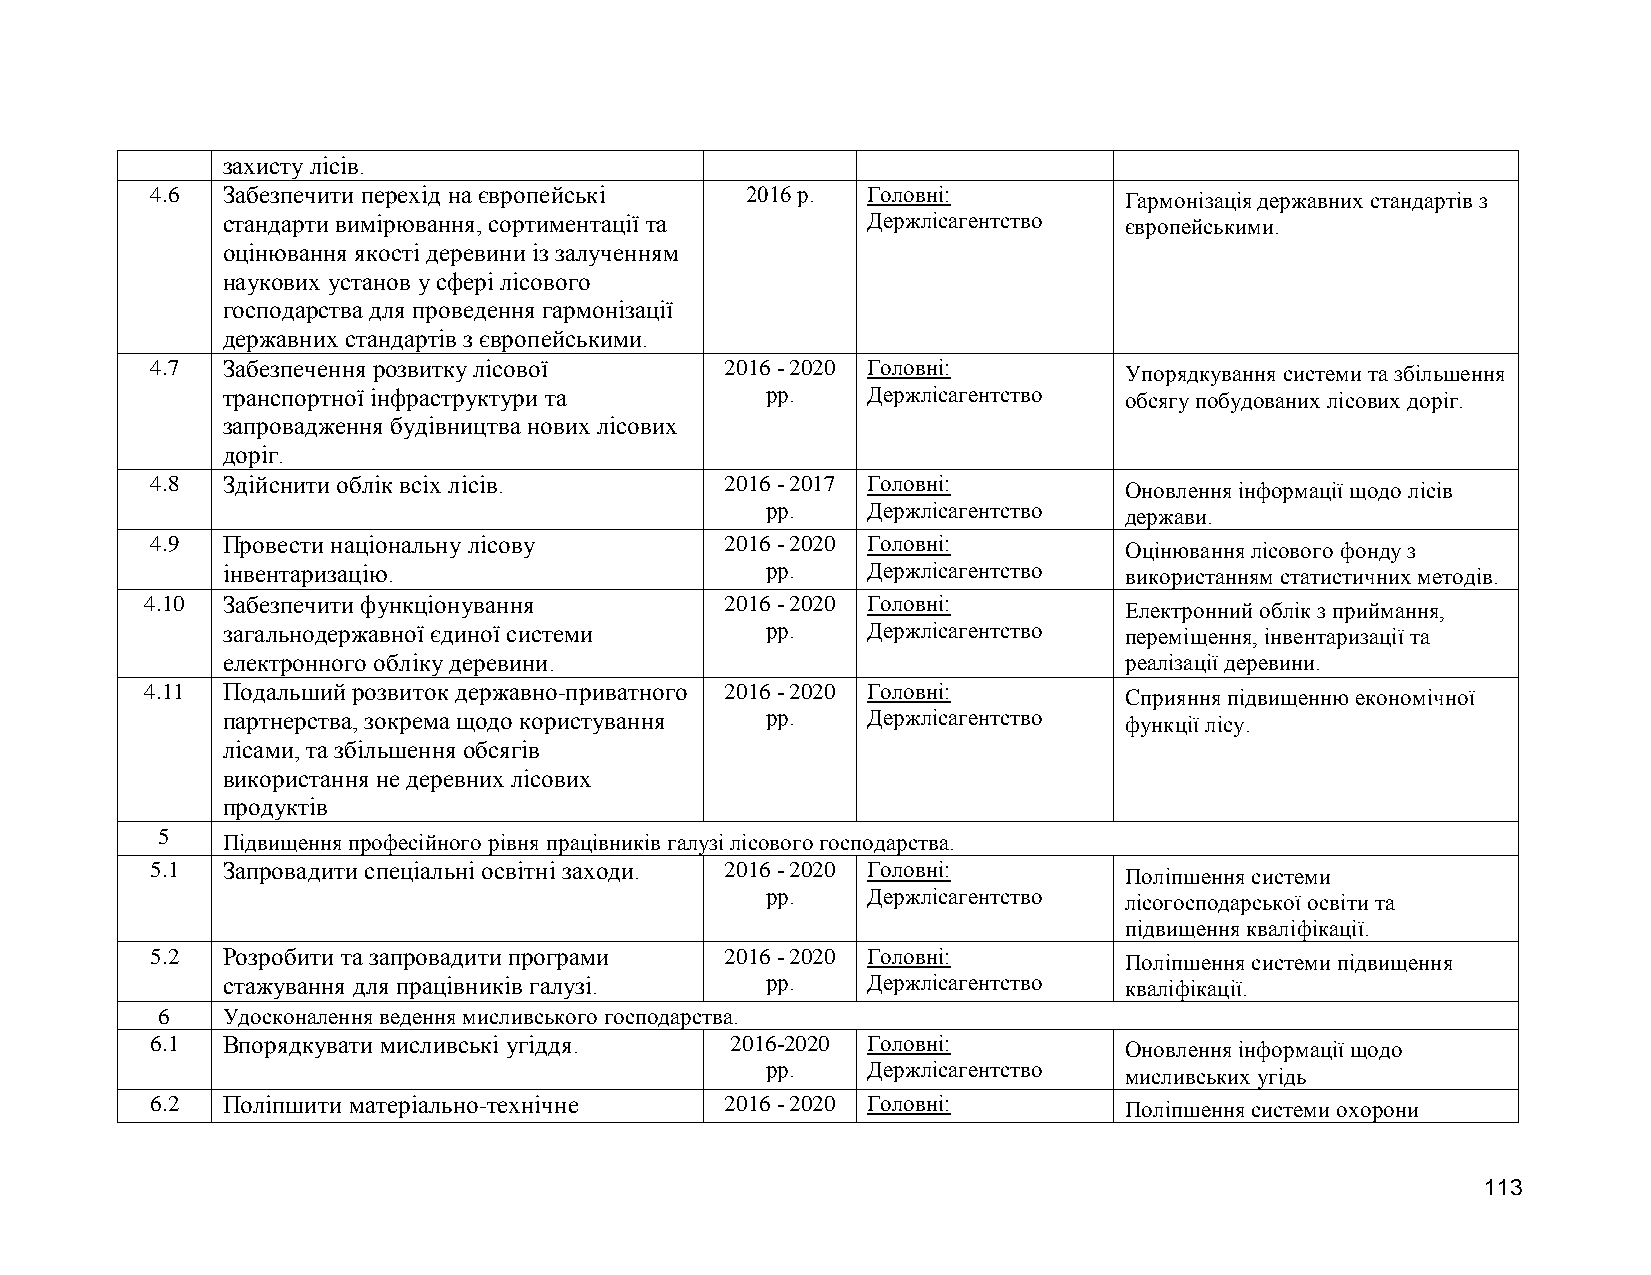
захисту лісів.
 4.6  Забезпечити перехід на європейські 2016 р. Головні:        Гармонізація державних стандартів з
 стандарти вимірювання, сортиментації та   Держлісагентство європейськими.
 оцінювання якості деревини із залученням
 наукових установ у сфері лісового
 господарства для проведення гармонізації
 державних стандартів з європейськими.
 4.7  Забезпечення розвитку лісової    2016 - 2020 Головні:      Упорядкування системи та збільшення
 транспортної інфраструктури та      рр.   Держлісагентство обсягу побудованих лісових доріг.
 запровадження будівництва нових лісових
 доріг.
 4.8  Здійснити облік всіх лісів.      2016 - 2017 Головні:      Оновлення інформації щодо лісів
 рр.   Держлісагентство держави.
 4.9  Провести національну лісову      2016 - 2020 Головні:      Оцінювання лісового фонду з
 інвентаризацію.                     рр.   Держлісагентство використанням статистичних методів.
 4.10 Забезпечити функціонування       2016 - 2020 Головні:      Електронний облік з приймання,
 загальнодержавної єдиної системи    рр.   Держлісагентство переміщення, інвентаризації та
 електронного обліку деревини.                              реалізації деревини.
 4.11 Подальший розвиток державно-приватного 2016 - 2020 Головні: Сприяння підвищенню економічної
 партнерства, зокрема щодо користування рр. Держлісагентство функції лісу.
 лісами, та збільшення обсягів
 використання не деревних лісових
 продуктів
 5
 Підвищення професійного рівня працівників галузі лісового господарства.
 5.1  Запровадити спеціальні освітні заходи. 2016 - 2020 Головні: Поліпшення системи
 рр.   Держлісагентство лісогосподарської освіти та
 підвищення кваліфікації.
 5.2  Розробити та запровадити програми 2016 - 2020 Головні:     Поліпшення системи підвищення
 стажування для працівників галузі.  рр.   Держлісагентство кваліфікації.
 6    Удосконалення ведення мисливського господарства.
 6.1  Впорядкувати мисливські угіддя.  2016-2020 Головні:        Оновлення інформації щодо
 рр.   Держлісагентство мисливських угідь
 6.2  Поліпшити матеріально-технічне   2016 - 2020 Головні:      Поліпшення системи охорони
 113